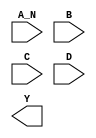
module sky130_fd_sc_hs__nand4b (
    //# {{data|Data Signals}}
    input  A_N,
    input  B  ,
    input  C  ,
    input  D  ,
    output Y
);

    // Voltage supply signals
    supply1 VPWR;
    supply0 VGND;

endmodule